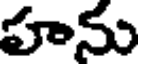
హను